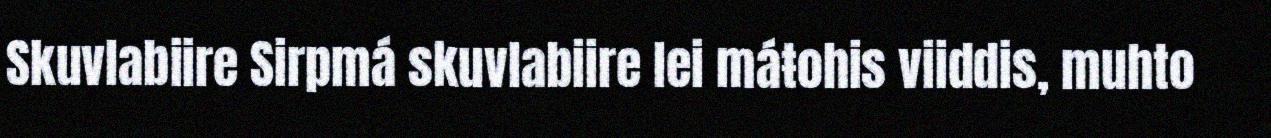
Skuvlabiire Sirpmá skuvlabiire lei máŧohis viiddis, muhto